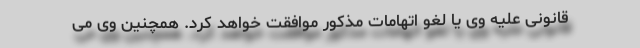
قانونی علیه وی یا لغو اتهامات مذکور موافقت خواهد کرد. همچنین وی می